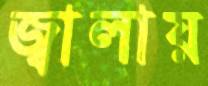
জ্বালায়